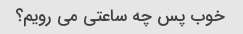
خوب پس چه ساعتی می رویم؟